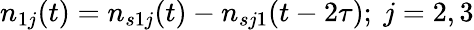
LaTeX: n_{1j}(t)=n_{s1j}(t)-n_{sj1}(t-2\tau);~j=2,3